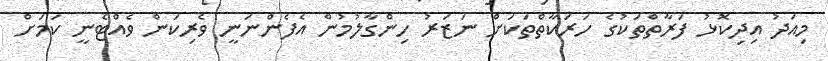
މިއަދު އިދިކޮޅު ފަރާތްތަކުގެ ހަރަކާތްތަކަށް ނަޒަރު ހިންގާލުމުން އެފެންނަނީ ވެރިކަން ވެއްޓެނީ ކަމަށް